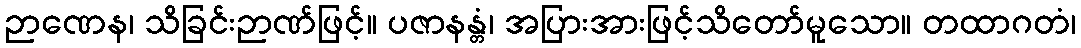
ဉာဏေန၊ သိခြင်းဉာဏ်ဖြင့်။ ပဇာနန္တံ၊ အပြားအားဖြင့်သိတော်မူသော။ တထာဂတံ၊